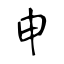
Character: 申